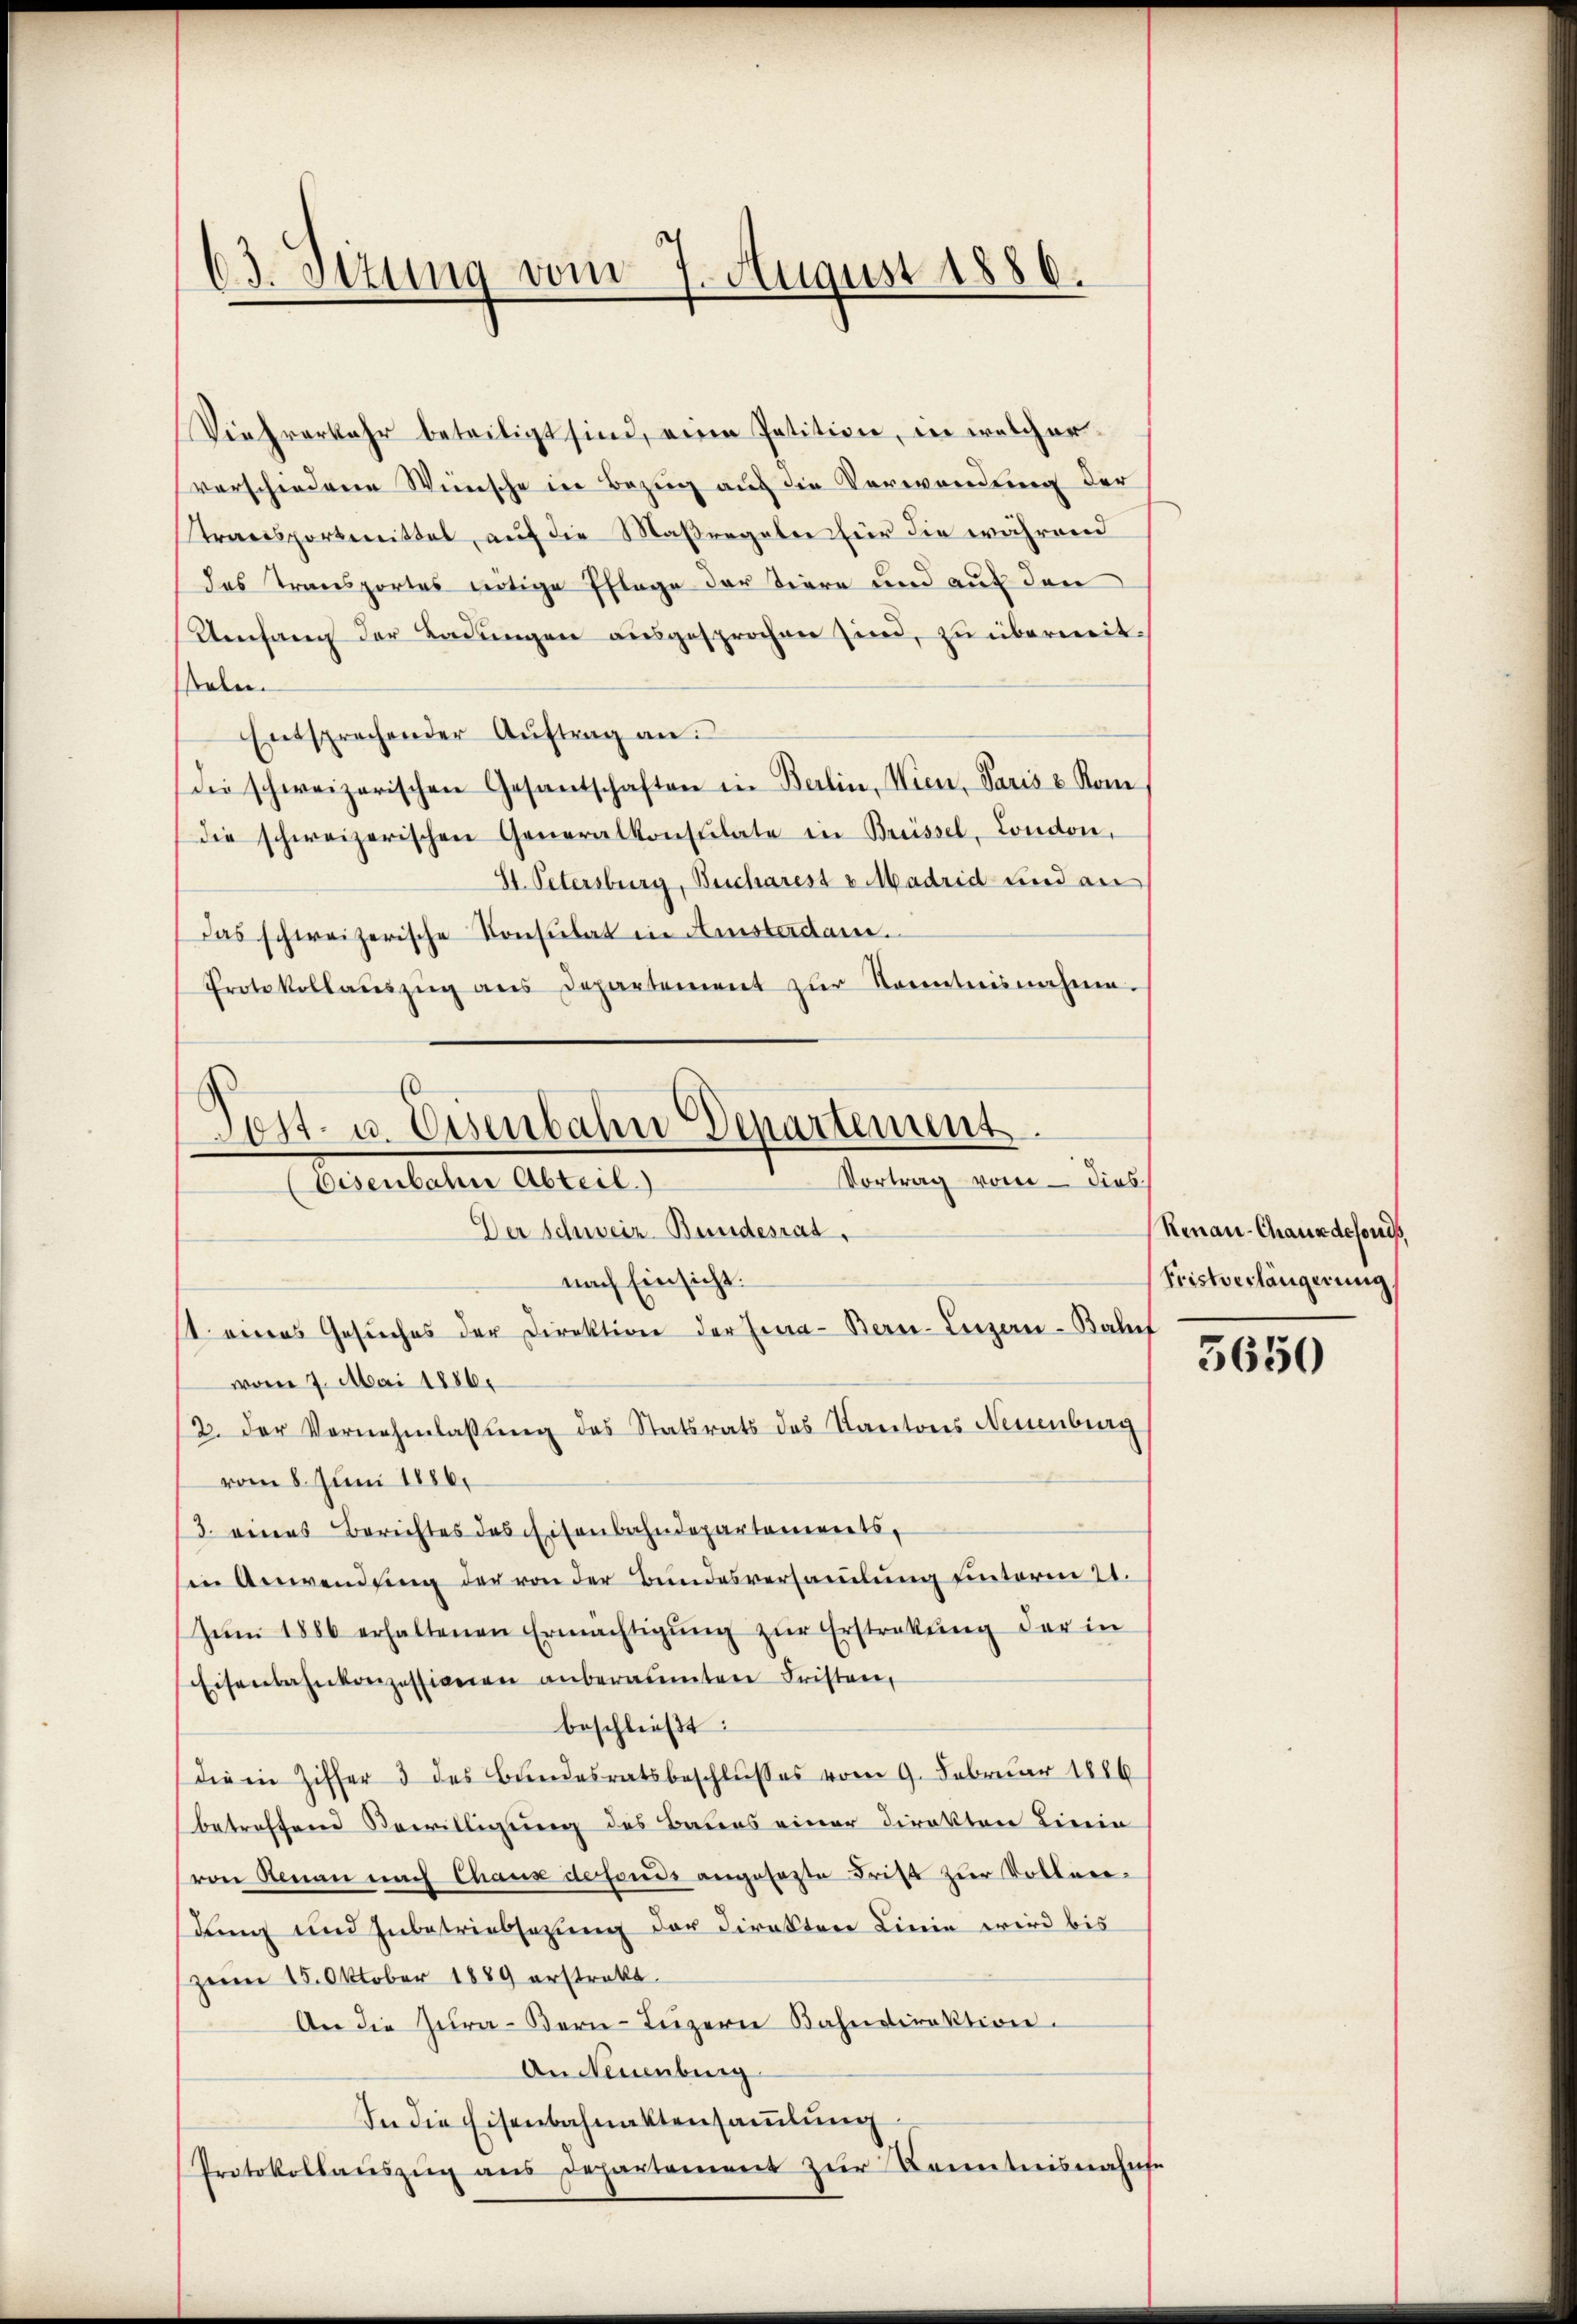
63. Dezung vom 7. August 1886.

Viehverkehr beteiligt sind, eine Petition, in welcher
verschiedene Wünsche in Bezug auf die Verwendung der
Transportmittel, auf die Maßregeln für die während
des Transportes nötige Pflege der Tiere und auf den
Umfang der Ladungen ausgesprochen sind, zu überweitseben.
Entsprechender Aŭftrag an:
dee schweizerischen Gesantschaften in Berlin, Wien, Paris u. Kon
Die schweizerischen Generalkonsulate in Brissel, London,
St. Petersburg, Bescharest v Madrid und an
Das schweizerische Konsulat in Amsterdame.
Protokollaŭszŭg ans Departement zŭr Kenntnisnahme.
s

ost- u. Eisenbahn Departement
Vortrag vom  dies
Eisenbahn Abteil.)
Der Schweiz Bundesrat,

nach Einsicht.
1 eines Gesŭches der Direktion der Eina-Bern-Lezen-Balf
von 7. Mai 1886.
2. der Vornehmlassung des Statsrats des Kantons Neuenburg
vom 8. Juni 1886.
3. eines Berichtes des Eisenbahndepartements,
in Anwendung der von der Bŭndesversaṁlŭng ŭnterm 21.
Jŭm 1886 erhaltenen Ermächtigŭng zŭr Erstrakŭng der in
Eisenbahnkonzessionen anberaumten Fristen,
beschließt:
die in Ziffer 3 des Bundesratsbeschlußes vom 9. Februar 1886
betreffend Bewilligung des Baues einer Direktor Linie
(von Renau nach Chaux defonds angesezte Frist zur Vollen.
dung und Zubetriebsezung der Direkten Linie wird bis
zerm 15. Oktober 1889 erstrakt.
An die Zura-Bern Luzern Bahndirektion
An Neuenburg
In die Eisenbahnaktensamlung
Protokollauszug aus Departement zur Kenntnisnahmse

Renau-Chaus defonis,
Fristverlängerung

5650